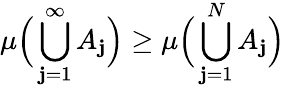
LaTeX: \mu{\Big(}\bigcup_{\mathbf{j}=1}^{\infty}A_{\mathbf{j}}{\Big)}\geq\mu{\Big(}\bigcup_{\mathbf{j}=1}^{N}A_{\mathbf{j}}{\Big)}